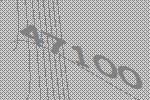
47100